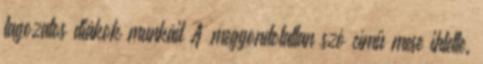
tagozatos diákok munkáit A meggondolatlan szó című mese ihlette.